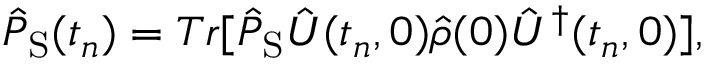
\begin{array} { r } { \hat { P } _ { \mathrm { S } } ( t _ { n } ) = T r [ \hat { P } _ { \mathrm { S } } \hat { U } ( t _ { n } , 0 ) \hat { \rho } ( 0 ) \hat { U } ^ { \dagger } ( t _ { n } , 0 ) ] , } \end{array}